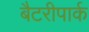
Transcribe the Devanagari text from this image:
बैटरीपार्क